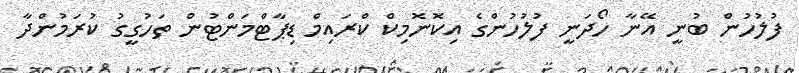
ފުލުހުން ބުނީ އޭނާ ހޯދަނީ ފުލުހުންގެ އިކޮނޮމިކް ކްރައިމް ޑިޕާޓްމަންޓުން ތަހުގީގު ކުރަމުންދާ